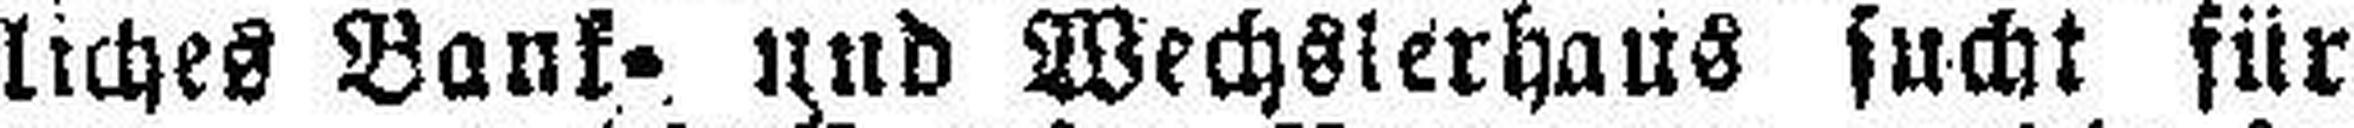
liches Bank= und Wechsierhaus sucht für